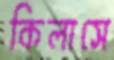
কিলাসে